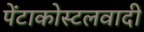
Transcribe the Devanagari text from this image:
पेंटाकोस्टलवादी